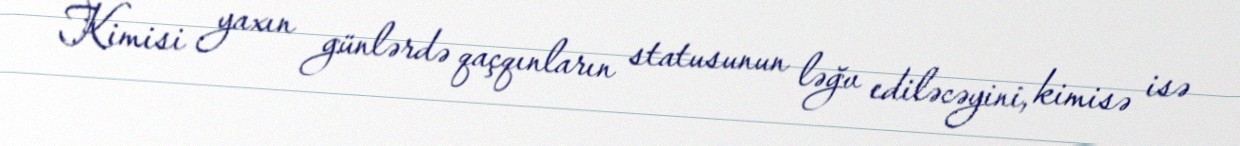
Kimisi yaxın günlərdə qaçqınların statusunun ləğv ediləcəyini, kimisə isə